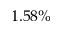
1 . 5 8 \%